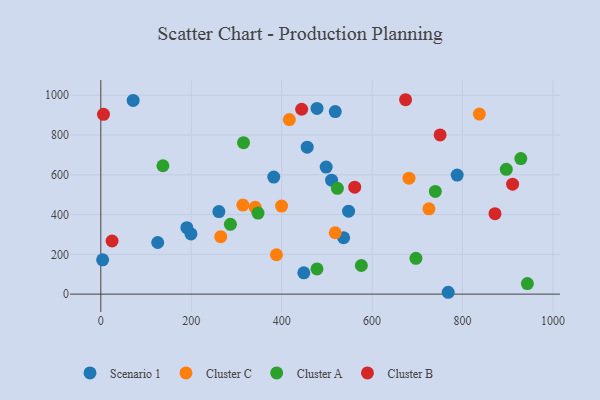
{"axis": {"x": "Price", "y": "Salary"}, "legend": ["Cluster A", "Cluster B", "Cluster C", "Scenario 1"], "data": [{"x": "537.0", "y": 283.5, "type": "Scenario 1"}, {"x": "498.4", "y": 638.7, "type": "Scenario 1"}, {"x": "788.1", "y": 598.6, "type": "Scenario 1"}, {"x": "478.2", "y": 933.7, "type": "Scenario 1"}, {"x": "456.4", "y": 738.9, "type": "Scenario 1"}, {"x": "548.0", "y": 417.3, "type": "Scenario 1"}, {"x": "4.0", "y": 172.3, "type": "Scenario 1"}, {"x": "510.4", "y": 572.7, "type": "Scenario 1"}, {"x": "261.1", "y": 414.9, "type": "Scenario 1"}, {"x": "71.5", "y": 973.7, "type": "Scenario 1"}, {"x": "199.4", "y": 302.6, "type": "Scenario 1"}, {"x": "768.3", "y": 9.4, "type": "Scenario 1"}, {"x": "125.8", "y": 259.6, "type": "Scenario 1"}, {"x": "449.0", "y": 107.1, "type": "Scenario 1"}, {"x": "190.3", "y": 333.9, "type": "Scenario 1"}, {"x": "382.5", "y": 588.5, "type": "Scenario 1"}, {"x": "518.5", "y": 917.8, "type": "Scenario 1"}, {"x": "314.1", "y": 447.8, "type": "Cluster C"}, {"x": "341.4", "y": 436.6, "type": "Cluster C"}, {"x": "725.7", "y": 428.8, "type": "Cluster C"}, {"x": "265.2", "y": 288.9, "type": "Cluster C"}, {"x": "837.2", "y": 905.0, "type": "Cluster C"}, {"x": "681.6", "y": 583.2, "type": "Cluster C"}, {"x": "388.4", "y": 198.0, "type": "Cluster C"}, {"x": "399.8", "y": 442.7, "type": "Cluster C"}, {"x": "518.4", "y": 308.6, "type": "Cluster C"}, {"x": "417.0", "y": 877.5, "type": "Cluster C"}, {"x": "286.6", "y": 351.2, "type": "Cluster A"}, {"x": "576.2", "y": 144.1, "type": "Cluster A"}, {"x": "137.3", "y": 645.3, "type": "Cluster A"}, {"x": "478.1", "y": 126.9, "type": "Cluster A"}, {"x": "928.9", "y": 681.5, "type": "Cluster A"}, {"x": "943.4", "y": 53.3, "type": "Cluster A"}, {"x": "315.6", "y": 761.3, "type": "Cluster A"}, {"x": "347.7", "y": 407.5, "type": "Cluster A"}, {"x": "739.8", "y": 516.5, "type": "Cluster A"}, {"x": "696.9", "y": 179.9, "type": "Cluster A"}, {"x": "523.2", "y": 532.1, "type": "Cluster A"}, {"x": "896.8", "y": 627.4, "type": "Cluster A"}, {"x": "5.9", "y": 904.1, "type": "Cluster B"}, {"x": "910.7", "y": 552.8, "type": "Cluster B"}, {"x": "24.9", "y": 267.1, "type": "Cluster B"}, {"x": "444.2", "y": 929.4, "type": "Cluster B"}, {"x": "674.0", "y": 977.3, "type": "Cluster B"}, {"x": "871.8", "y": 404.6, "type": "Cluster B"}, {"x": "561.5", "y": 537.9, "type": "Cluster B"}, {"x": "750.4", "y": 800.2, "type": "Cluster B"}]}